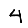
Digit: 4